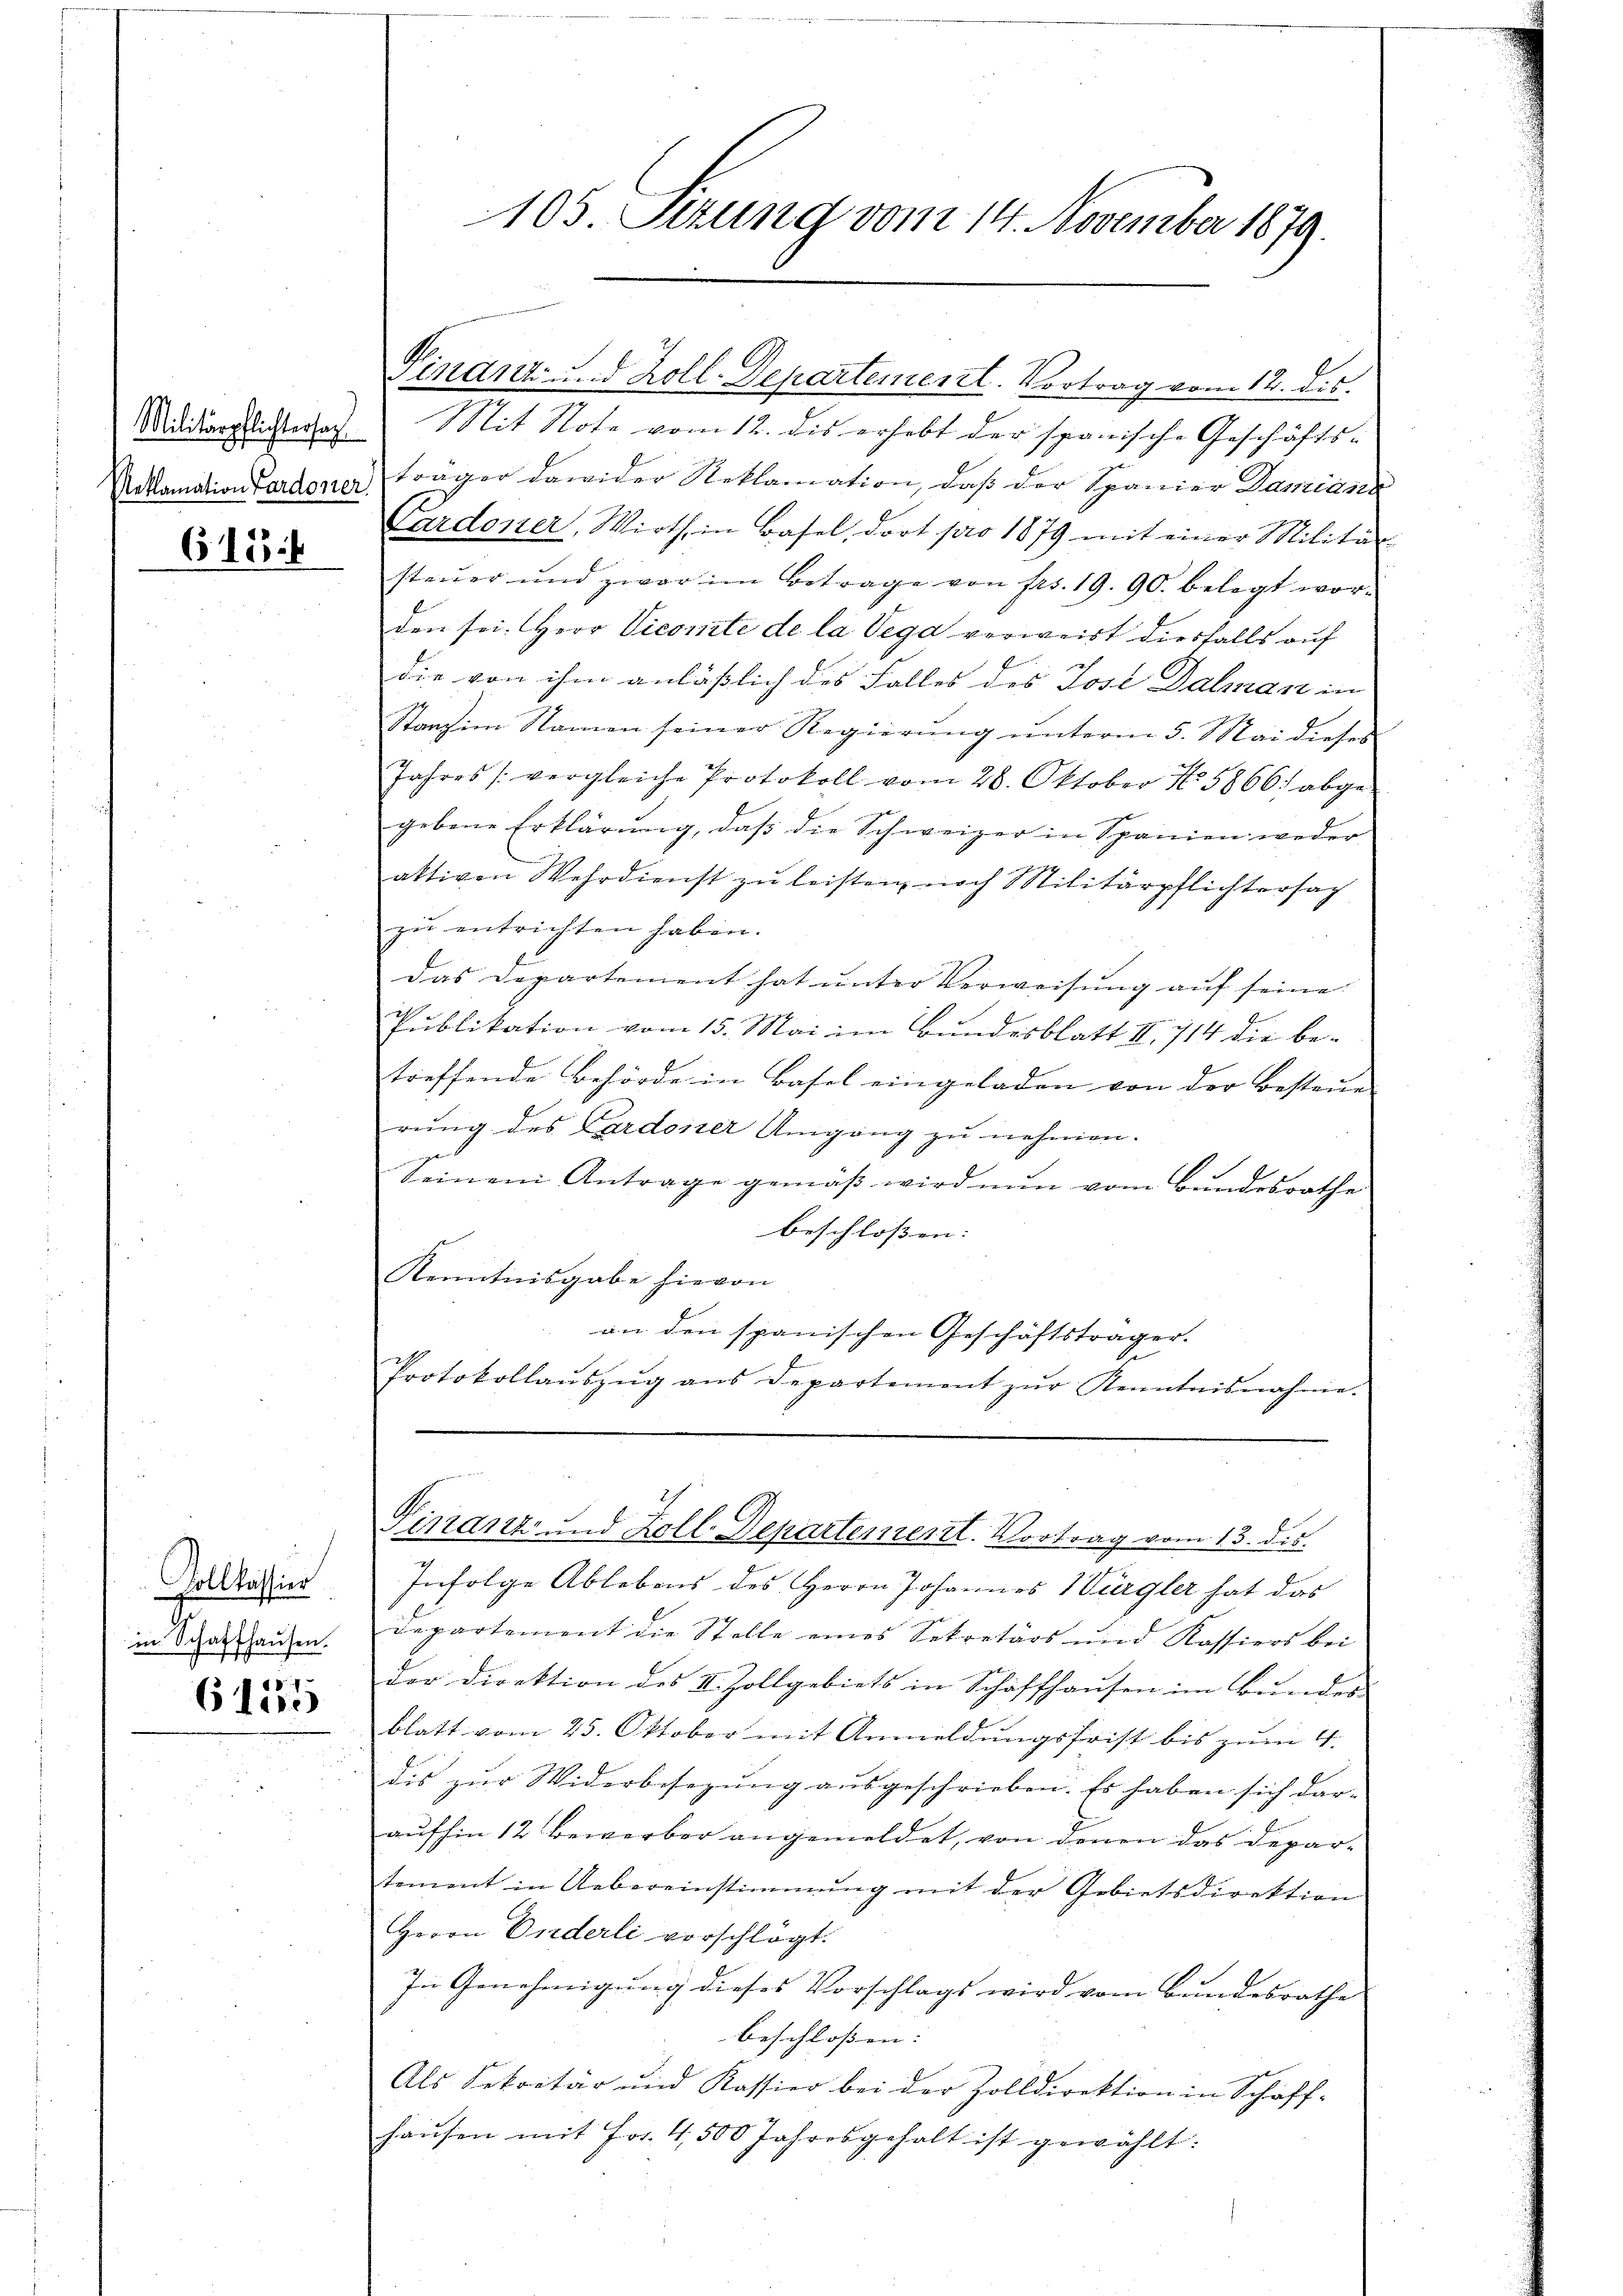
Militärpflichtersag
613

Vollkassier
in Schaffhausen.

61555

105. Sizung vom 14. November 1879.

Mit Note vom 12. dis erhebt der spanische Geschäfts¬
Aoklamation verdoner trager dawider Reklamation, daβ der Spanier Damiann
Cardoner, Wirth in Basel, dort pro 1879 mit einer Militär
steŭer und zwar im Betrage von frs. 19. 90. belegt wor-
den sei. Herr Vicomite de la Vega verweist diesfalls auf
die von ihm anläßlich des Falles des Jose Dalman in
Stanz im Namen seiner Regierung unterm 5. Mai dieses
Jahres (vergleiche Protokoll vom 28. Oktober No. 5866 abgegebene Erklärŭng, daβ die Schweizer in Spanien weder
aktiven Wehrdienst zŭ leisten noch Militärpflichtersag
zu entrichten haben.
Das Departement hat unter Verweisung auf seine
Publikation vom 15. Mai im Bundesblatt II. 714 die be-
treffende Behörde in Basel eingeladen von der Bestaun- |
rung des Cardoner Umgang zu nehmen.
Seinem Antrage gemäβ wird nun vom Bundesrathe
beschlossen: |
Kenntnisgabe hievon
an den spanischen Geschäftsträger.
Protokollaŭszŭg ans Departement zŭr Kenntnisnahme.

Finanz- und Koll-Departement. Vortrag vom 12. dis.

A.
Finanz und Koll-Departement. Vortrag vom 13. dis.

Infolge Ablebens des Herrn Johannes Würgler hat das
Departement die Stelle eines Sekretärs und Kassiers bei
der Direktion des II. Zollgebiets in Schaffhausen im Bundes
blatt vom 25. Oktober mit Anmeldungsfrist bis zum 4.
dis zur Widerbesezung ausgeschrieben. Es haben sich dar-
aufhin 12 Bewerber angemeldet, von denen das Departement in Uebereinstimmung mit der Gebietsdirektion
Herrn Enderli vorschlägt.
In Genehmigŭng dieses Vorschlags wird vom Bŭndesrathe
beschlossen:
Als Sekretär und Kassier bei der Zolldirektion in Schaff-
hausen mit Fr. 4, 500 Jahresgehalt ist gewählt: